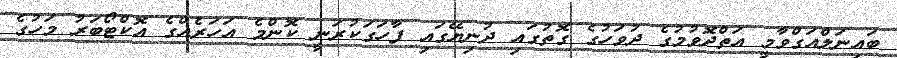
ބައިނަލްއަގްވާމީ އަތްދޮވުމުގެ ދުވަހުގެ ގޮތުގައި ދުނިޔޭގައި ފާހަގަކުރަނީ ކޮންމެ އަހަރެއްގެ އޮކްޓޯބަރު މަހުގެ